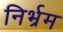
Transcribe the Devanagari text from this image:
निर्भ्रम